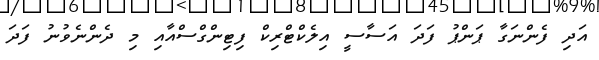
އަދި ފެންނަގާ ޕަންޕު ފަދަ އަސާސީ އިލެކްޓްރިކް ފިޓިންގްސްއާއި މި ދެންނެވުނު ފަދަ